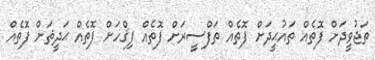
ތަޖުވީދަށް ފޮތެއް ތައުޙީދަށް ފޮތެއް ތަފްސީރަށް ފޮތެއް ފިޤްހަށް ފޮތެއް ޙަދީޘަށް ފޮތެއް